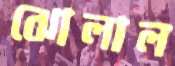
ঝোলাল